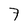
Character: 7